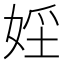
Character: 𡝇